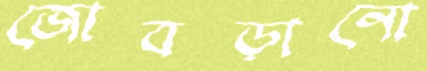
জোবড়ানো